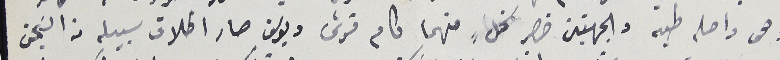
وهى واصله طيه والجهتين حضر كلٍ منهما كام قرش ويوسف صار اطلاق سبيله من السَجن